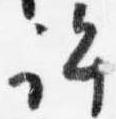
許